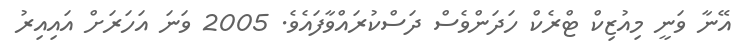
އޭނާ ވަނީ މިއުޒިކް ޓްރެކް ހަދަންވެސް ދަސްކުރައްވާފައެވެ. 2005 ވަނަ އަހަރަށް އައިއިރު